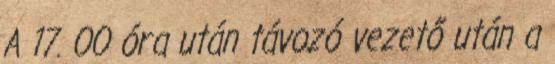
A 17. 00 óra után távozó vezető után a